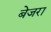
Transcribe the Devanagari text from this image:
बेजरा